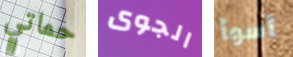
حماتي الجوى أسوأ